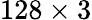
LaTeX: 128\times 3